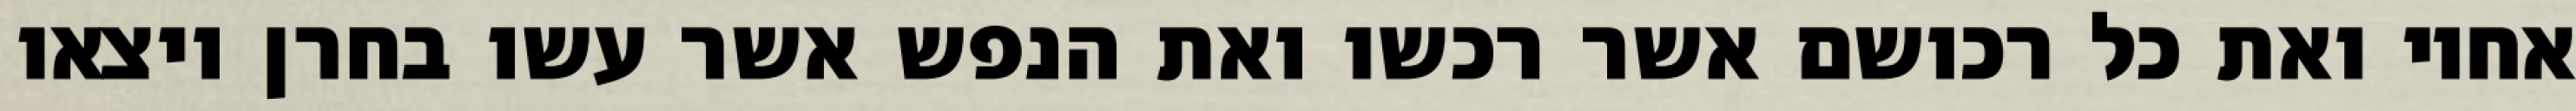
אחיו ואת כל רכושם אשר רכשו ואת הנפש אשר עשו בחרן ויצאו